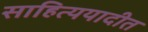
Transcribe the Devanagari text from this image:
साहित्ययादीत